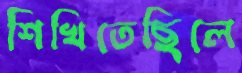
শিখিতেছিলে